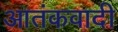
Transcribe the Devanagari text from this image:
आतंंकवादी